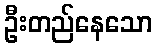
ဦးတည်နေသော